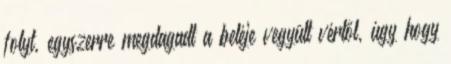
folyt, egyszerre megdagadt a beléje vegyült vértől, úgy hogy